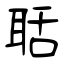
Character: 聒